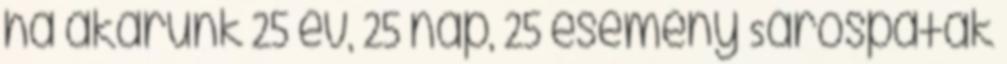
ha akarunk 25 év, 25 nap, 25 esemény Sárospatak